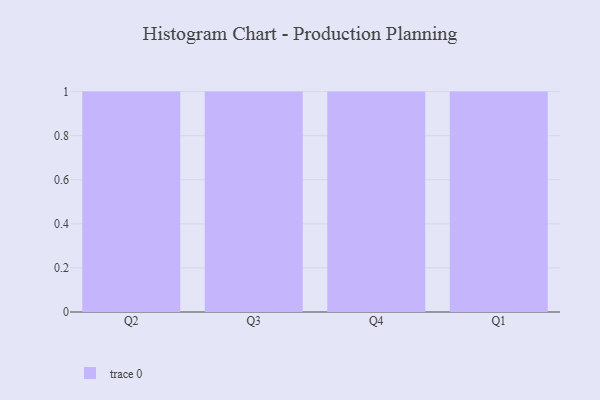
{"axis": {"x": "Quarter", "y": "Latency (ms)"}, "legend": [""], "data": [{"x": "Q2", "y": 71, "type": ""}, {"x": "Q3", "y": 96, "type": ""}, {"x": "Q4", "y": 36, "type": ""}, {"x": "Q1", "y": 22, "type": ""}]}